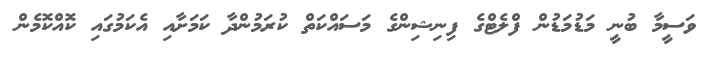
ވަސީމާ ބުނީ މަޑުމަޑުން ފްލެޓްގެ ފިނިޝިންގެ މަސައްކަތް ކުރަމުންދާ ކަމަށާއި އެކަމުގައި ކޮއްކޮމެން